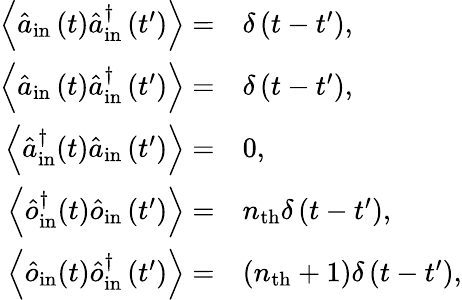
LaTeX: \begin{array}{rl}{\left\langle\hat{a}_{\mathrm{in~}}(t)\hat{a}_{\mathrm{in}}^{\dagger}\left(t^{\prime}\right)\right\rangle=}&{\delta\left(t-t^{\prime}\right),}\\ {\left\langle\hat{a}_{\mathrm{in~}}(t)\hat{a}_{\mathrm{in}}^{\dagger}\left(t^{\prime}\right)\right\rangle=}&{\delta\left(t-t^{\prime}\right),}\\ {\left\langle\hat{a}_{\mathrm{in}}^{\dagger}(t)\hat{a}_{\mathrm{in}}\left(t^{\prime}\right)\right\rangle=}&{0,}\\ {\left\langle\hat{o}_{\mathrm{in}}^{\dagger}(t)\hat{o}_{\mathrm{in}}\left(t^{\prime}\right)\right\rangle=}&{n_{\mathrm{th}}\delta\left(t-t^{\prime}\right),}\\ {\left\langle\hat{o}_{\mathrm{in}}(t)\hat{o}_{\mathrm{in}}^{\dagger}\left(t^{\prime}\right)\right\rangle=}&{\left(n_{\mathrm{th}}+1\right)\delta\left(t-t^{\prime}\right),}\end{array}